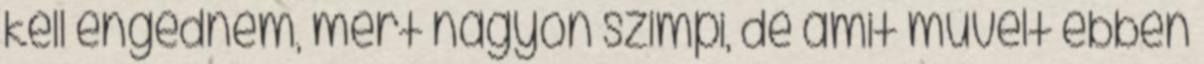
kell engednem, mert nagyon szimpi, de amit művelt ebben